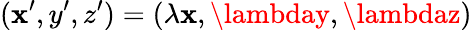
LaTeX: (\mathbf{x}^{\prime},y^{\prime},z^{\prime})=(\lambda\mathbf{x},\lambday,\lambdaz)